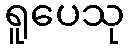
ရူပေသု